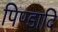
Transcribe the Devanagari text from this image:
पिण्डादि